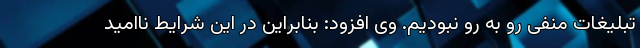
تبلیغات منفی رو به رو نبودیم. وی افزود: بنابراین در این شرایط ناامید